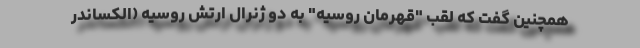
همچنین گفت که لقب "قهرمان روسیه" به دو ژنرال ارتش روسیه (الکساندر